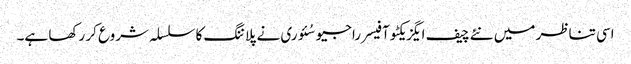
اسی تناظر میں نئے چیف ایگزیکٹو آفیسر راجیو سُئوری نے پلاننگ کا سلسلہ شروع کر رکھا ہے۔